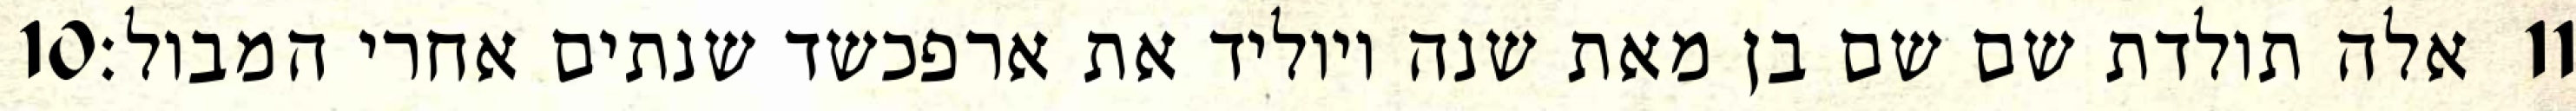
‎10‏ אלה תולדת שם שם בן מאת שנה ויוליד את ארפכשד שנתים אחרי המבול׃ ‎11‏